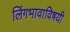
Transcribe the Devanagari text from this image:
लिंगभावाविषयी